Indian journal of veterinary science and animal husbandry - Volume 8,
Year: 1938
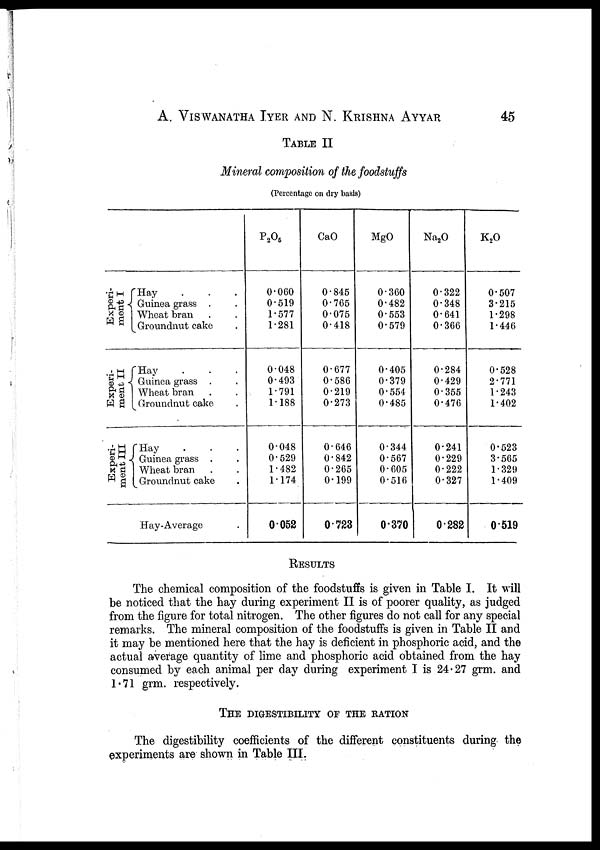
A. VISWANATHA IYER AND N. KRISHNA AYYAR 45
TABLE II
Mineral composition of the foodstuffs
(Percentage on dry basis)
Experi-
ment I
Experi-
ment II
Experi¬
ment III
Hay . . .
Guinea grass . .
Wheat bran . .
Groundnut cake .
Hay . . .
Guinea grass . .
Wheat bran . .
Groundnut cake .
Hay . . .
Guinea grass . .
Wheat bran . .
Groundnut cake .
Hay-Average .
P 2 O 5
0.060
0.519
1.577
1.281
0.048
0.493
1.791
1.188
0.048
0.529
1.482
1.174
0 052
CaO
0.845
0.765
0.075
0.418
0.677
0.586
0.219
0.273
0.646
0.842
0.265
0.199
0.723
MgO
0.360
0.482
0.553
0.579
0.405
0.379
0.554
0.485
0.344
0.567
0.605
0.516
0.370
Na 2 O
0.322
0.348
0.641
0.366
0.284
0.429
0.355
0.476
0.241
0.229
0.222
0.327
0.282
K 2 O
0.507
3.215
1.298
1.446
0.528
2.771
1.243
1.402
0.523
3.565
1.329
1.409
0.519
RESULTS
The chemical composition of the foodstuffs is given in Table I. It will
be noticed that the hay during experiment II is of poorer quality, as judged
from the figure for total nitrogen. The other figures do not call for any special
remarks. The mineral composition of the foodstuffs is given in Table II and
it may be mentioned here that the hay is deficient in phosphoric acid, and the
actual average quantity of lime and phosphoric acid obtained from the hay
consumed by each animal per day during experiment I is 24.27 grm. and
1.71 grm. respectively.
THE DIGESTIBILITY OF THE RATION
The digestibility coefficients of the different constituents during the
experiments are shown in Table III.